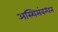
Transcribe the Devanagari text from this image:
अस्थिसंबन्धन